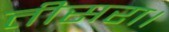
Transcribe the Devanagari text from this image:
तीसरा।